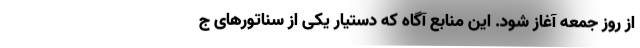
از روز جمعه آغاز شود. این منابع آگاه که دستیار یکی از سناتورهای ج